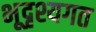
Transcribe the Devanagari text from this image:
भूदृश्यगत